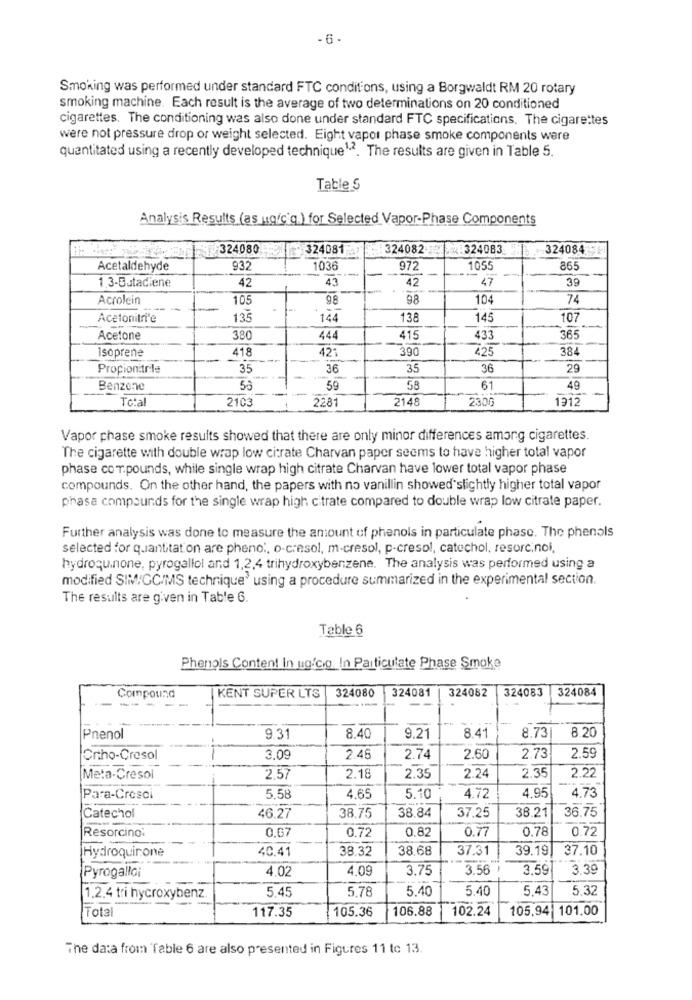
- 6 -
Smoking was performed under standard FTC conditions, using a Borgwaldt RM 20 rotary
smoking machine. Each result is the average of two determinations on 20 conditioned
cigarettes. The conditioning was also done under standard FTC specifications. The cigarettes
were not pressure drop or weight selected. Eight vapor phase smoke components were
quantitated using a recently developed technique1.2. The results are given in Table 5.
Table S
Analysis Results (as ug/c'q ) for Selected Vapor-Phase Components
324080
324081
324082-1
4:324083
324084
Acetaldehyde
932
1036
972
105
865
42
43
42
47
39
1.3-Butadiene
Acrolein
105
98
98
104
74
Acetonitri'e
135
144
138
145
107
Acetone
380
444
415
433
365
soprene
418
421
390
425
38
Propionitrile
35
36
35
36
29
Benzene
56
59
58
61
49
Total
2103
2281
2148
2306
1912
Vapor phase smoke results showed that there are only minor differences among cigarettes.
The cigarette with double wrap low citrate Charvan paper seems to have higher total vapor
phase cor.pounds, while single wrap high citrate Charvan have lower total vapor phase
compounds. On the other hand, the papers with no vanillin showed slightly higher total vapor
phasa compounds for the single wrap high citrate compared to double wrap low citrate paper.
Further analysis was done to measure the amount of phenols in particulate phase. The phenols
selected for quantitat on are pheno", o-cresol, m-cresol, p-cresol, catechol, resorcinol,
hydroquinone, pyrogallol and 1,2,4 trihydroxybenzene. The analysis was performed using a
modified SIM:GC/MS technique' using a procedure summarized in the experimental section.
The results are given in Table 6.
Table 6
Phenols Content In ug'co In Particulate Phase Smoke
Compound
KENT SUPER LTS
324080
324081
324082
324083
324084
--
Pnenol
9.31
8.40
9.21
8.41
8.73
8.20
Ortho-Cresol
3.09
2.46
2.74
2.60
2.73
2.59
Meta-Cresol
2.57
2.18
2.35
2.24
2.35
2.22
Para-Cresci
5.58
4.65
5.10
4.72
4.95
4.73
36.75
Catechol
46.27
38.75
38.84
37.25
38.21
0,67
0.72
0.82
0.77
0.78
0.72
Resorcino:
Hydroquinone
40,41
38.32
38.68
37.31
39.19
37.10
Pyrogalloi
4.02
4.09
3.75
3.56
3.59
3.39
5,78
5.40
5.40
5,43
5.32
1.2.4 tri hycroxybenz
5.45
Total
117.35
105.36
106.88
102.24
105.94| 101.00
The data from Table 6 are also presented in Figures 11 tc 13.